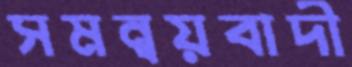
সমন্বয়বাদী